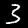
Digit: 3